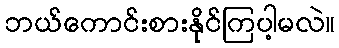
ဘယ်ကောင်းစားနိုင်ကြပါ့မလဲ။